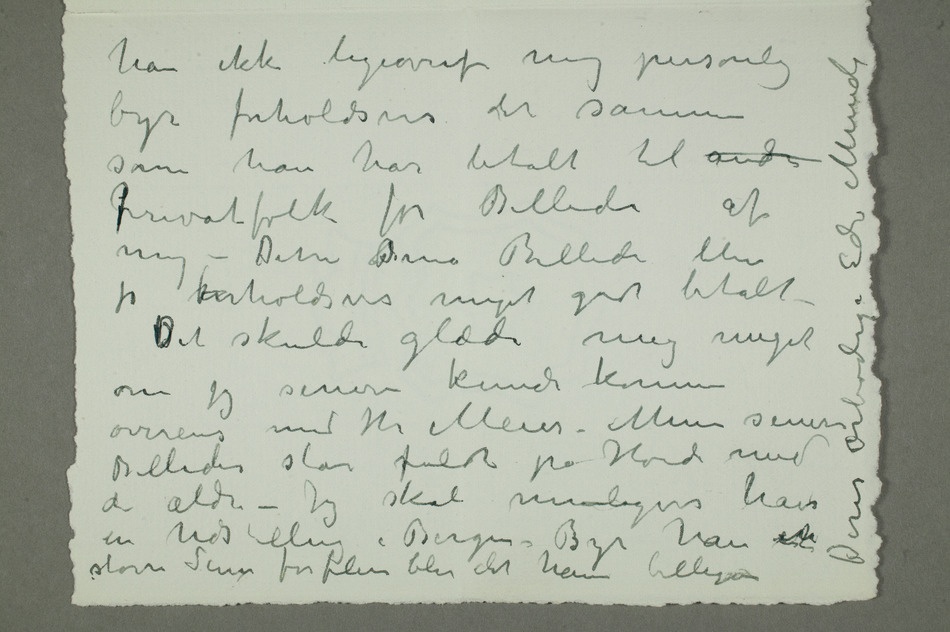
byr forholdsvis det samme
pPrivatfolk for Billeder af
mig – Disse Bsmå Billeder blev jo forholdsvis meget godt betalt
– Det skulde glæde mig meget
om jeg senere kunde komme
overens med Hr Meyer – Mine senere
Billeder står fuldt på Høide med
de ældre – Jeg skal muligvis have en udstilling
– Byr han eten større Sum for